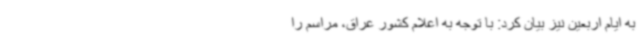
به ایام اربعین نیز بیان کرد: با توجه به اعلام کشور عراق، مراسم را